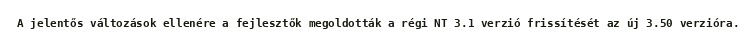
A jelentős változások ellenére a fejlesztők megoldották a régi NT 3.1 verzió frissítését az új 3.50 verzióra.